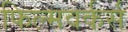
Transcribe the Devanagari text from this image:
फिल्मवर्कर्स